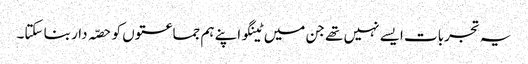
یہ تجربات ایسے نہیں تھے جن میں ٹینگو اپنے ہم جماعتوں کو حصّہ دار بنا سکتا۔